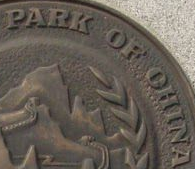
PARK OF OHINA